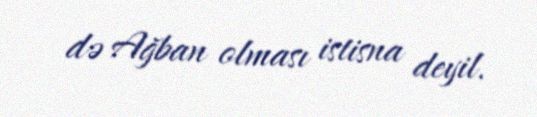
də Ağban olması istisna deyil.